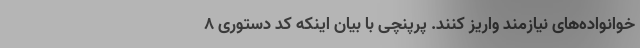
خوانواده‌های نیازمند واریز کنند. پرپنچی با بیان اینکه کد دستوری ۸